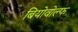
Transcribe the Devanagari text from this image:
बियोवोल्फ